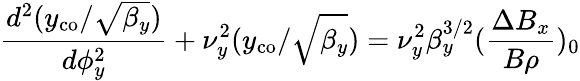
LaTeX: \frac{d^{2}(y_{\mathrm{co}}/\sqrt{\beta_{y}})}{d\phi_{y}^{2}}+\nu_{y}^{2}(y_{\mathrm{co}}/\sqrt{\beta_{y}})=\nu_{y}^{2}\beta_{y}^{3/2}(\frac{\Delta B_{x}}{B\rho})_{0}